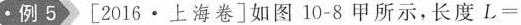
·例5》[2016·上海卷]如图10-8甲所示，长度$$L =